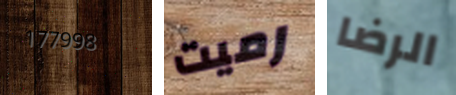
177998 رميت الرضا